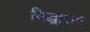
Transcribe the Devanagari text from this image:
सिद्धाराम